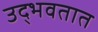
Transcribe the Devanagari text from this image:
उद्‍भवतात